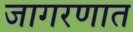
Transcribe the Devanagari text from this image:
जागरणात